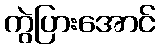
ကွဲပြားအောင်